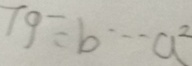
7 9 \div b \cdots a ^ { 2 }